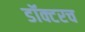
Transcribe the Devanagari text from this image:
डॉक्टरच